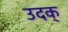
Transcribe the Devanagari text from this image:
उदक्